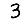
Digit: 3